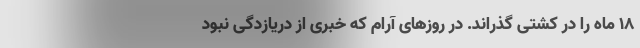
۱۸ ماه را در کشتی گذراند. در روزهای آرام که خبری از دریازدگی نبود